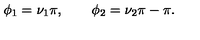
\phi _ { 1 } = \nu _ { 1 } \pi , \qquad \phi _ { 2 } = \nu _ { 2 } \pi - \pi .